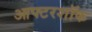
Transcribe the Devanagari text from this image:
आफ्टरशॉक